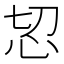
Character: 𢗧